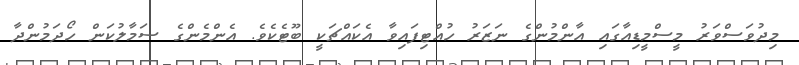
މިދުވަސްވަރު މީސްމީޑިއާގައި އާންމުންގެ ނަޒަރު ހުއްޓިފައިވާ އެކައްޗަކީ ބޫޓެކެވެ. އެންމެންގެ ސަމާލުކަން ހޯދަމުންދާ